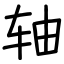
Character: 轴